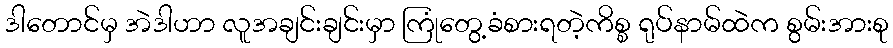
ဒါတောင်မှ အဲဒါဟာ လူအချင်းချင်းမှာ ကြုံတွေ့ခံစားရတဲ့ကိစ္စ ရုပ်နာမ်ထဲက စွမ်းအားစု